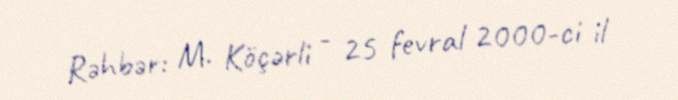
Rəhbər: M. Köçərli - 25 fevral 2000-ci il